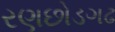
રણછોડગઢ